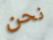
نحن